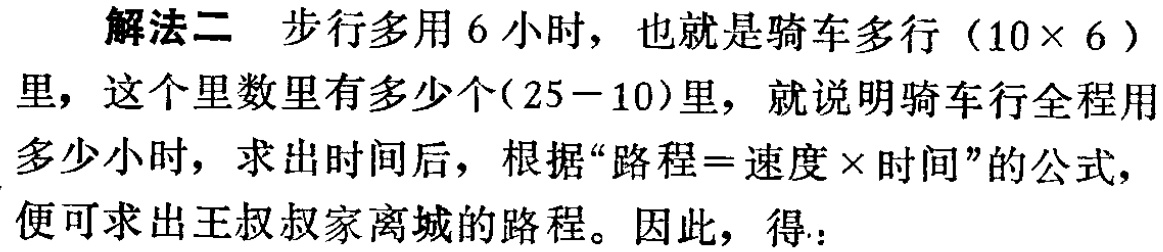
解法二 步行多用6小时，也就是骑车多行（$10\times 6$）里，这个里数里有多少个($25 - 10$)里，就说明骑车行全程用多少小时，求出时间后，根据“路程=速度×时间”的公式，便可求出王叔叔家离城的路程。因此，得：